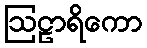
ဩဠာရိကော